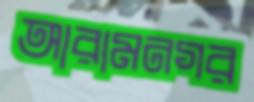
আরামনগর